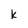
Character: k